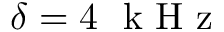
\delta = 4 ~ \mathrm { ~ k ~ H ~ z ~ }